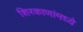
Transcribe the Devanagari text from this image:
शिरकाणांमध्ये